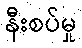
နီးစပ်မှု